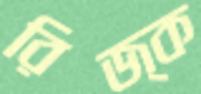
রিজ্ক